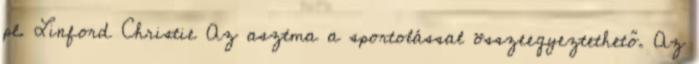
pl. Linford Christie Az asztma a sportolással összeegyeztethető. Az